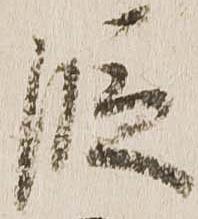
段